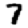
Digit: 7